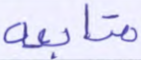
متابعة